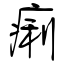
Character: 痢